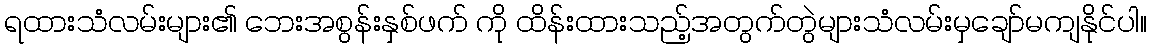
ရထားသံလမ်းများ၏ ဘေးအစွန်းနှစ်ဖက် ကို ထိန်းထားသည့်အတွက်တွဲများသံလမ်းမှချော်မကျနိုင်ပါ။